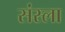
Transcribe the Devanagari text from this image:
संस्ला